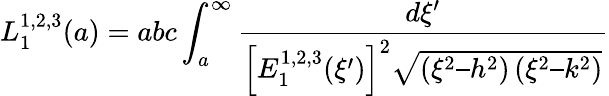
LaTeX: L_{1}^{1,2,3}(a)=abc\int_{a}^{\infty}\frac{d\xi’}{\left[E_{1}^{1,2,3}(\xi’)\right]^{2}\sqrt{\left(\xi^{2}–h^{2}\right)\left(\xi^{2}–k^{2}\right)}}